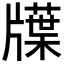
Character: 𤗽